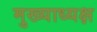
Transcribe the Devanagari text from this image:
मुख्याध्यक्ष